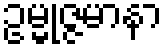
ဥမ္မုဇ္ဇမာနာ